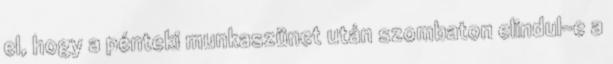
el, hogy a pénteki munkaszünet után szombaton elindul-e a